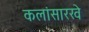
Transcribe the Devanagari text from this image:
कलांसारखे